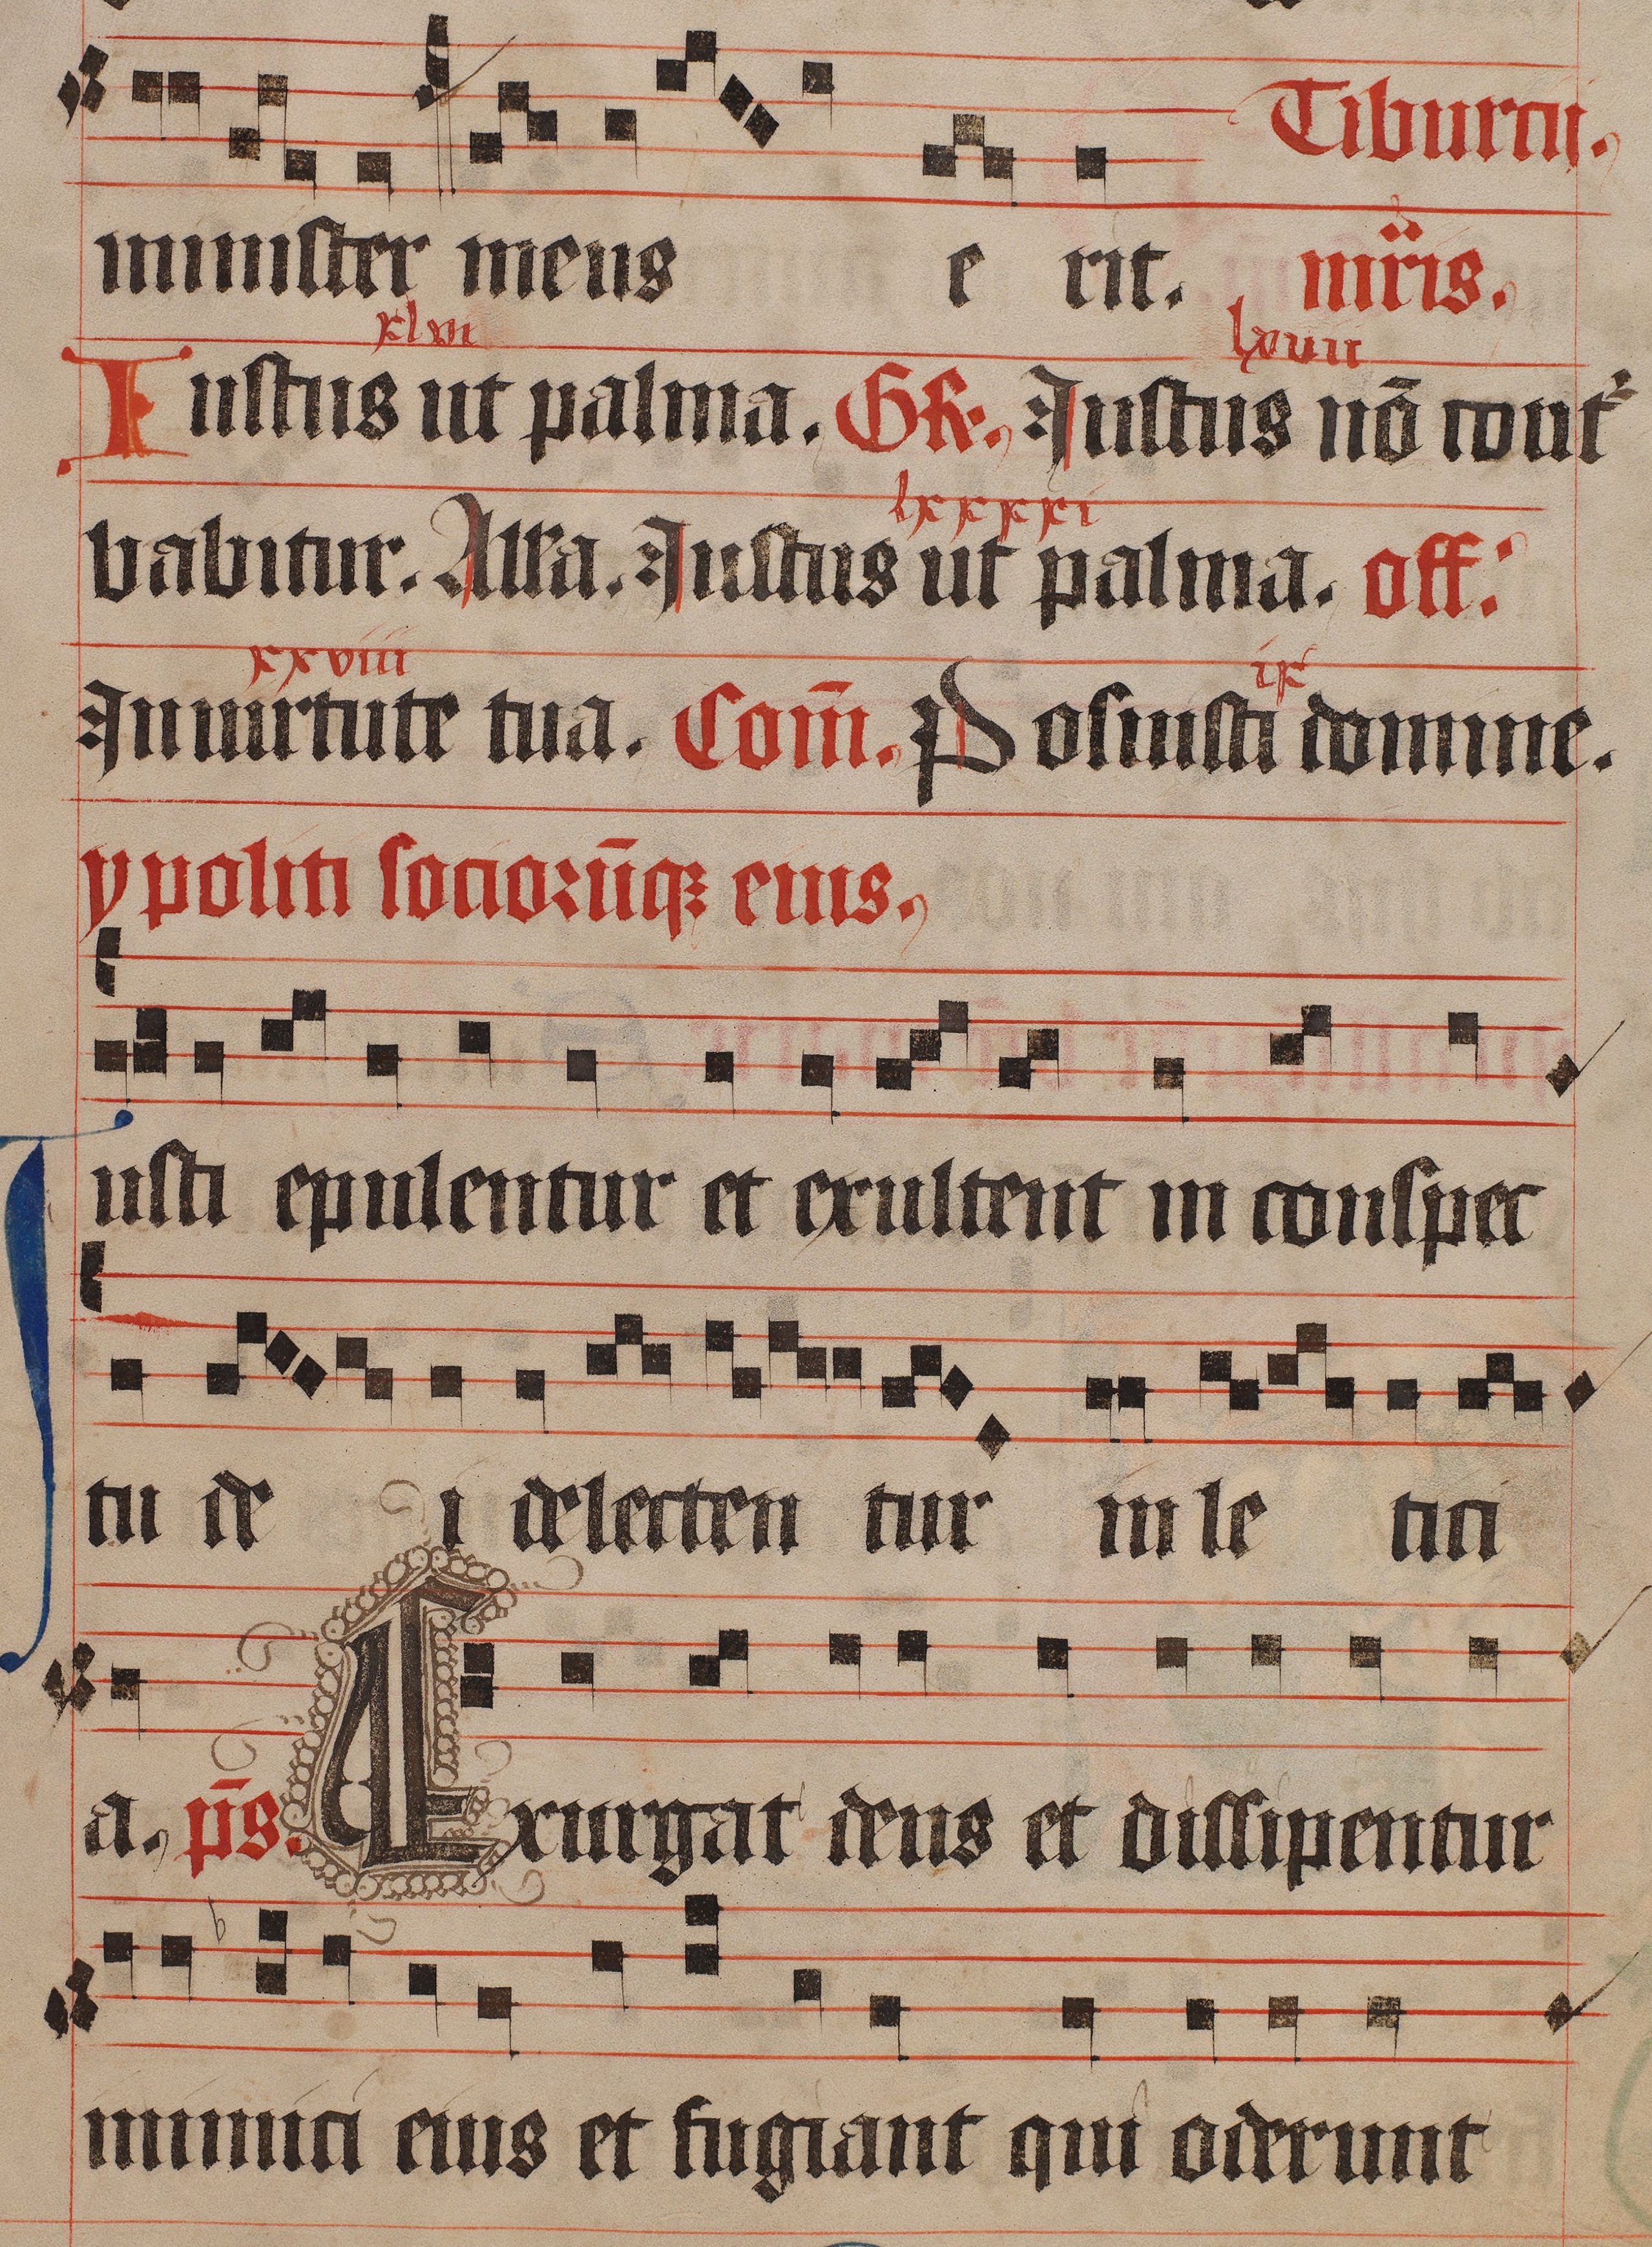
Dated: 1445–1475